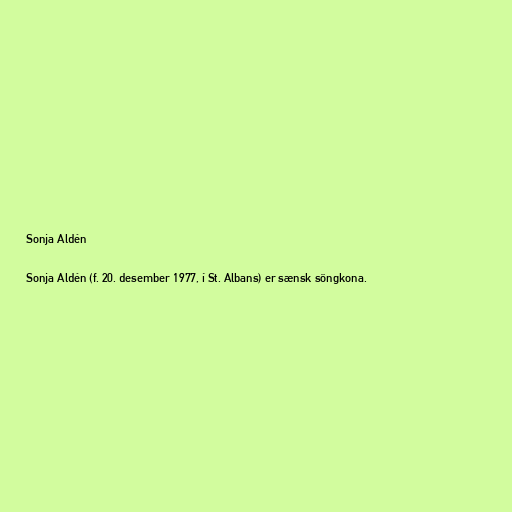
Sonja Aldén

Sonja Aldén (f. 20. desember 1977, í St. Albans) er sænsk söngkona.